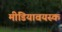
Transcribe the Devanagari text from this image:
मीडियावयस्क